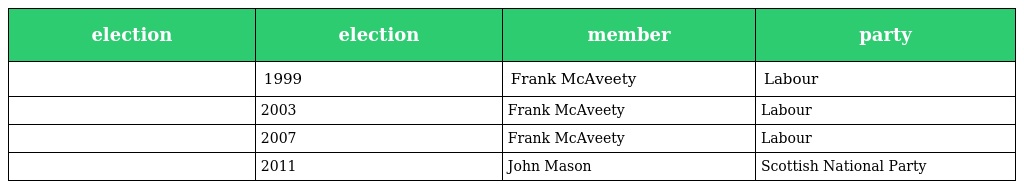
| election | election | member | party |
 | --- | --- | --- | --- |
 |  | 1999 | Frank McAveety | Labour |
 |  | 2003 | Frank McAveety | Labour |
 |  | 2007 | Frank McAveety | Labour |
 |  | 2011 | John Mason | Scottish National Party |